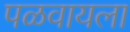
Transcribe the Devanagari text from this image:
पळवायला